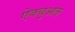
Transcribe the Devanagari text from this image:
ऐक्चुअल